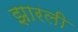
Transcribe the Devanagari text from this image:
झारली